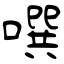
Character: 噀